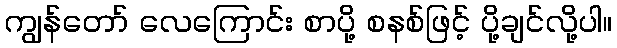
ကျွန်တော် လေကြောင်း စာပို့ စနစ်ဖြင့် ပို့ချင်လို့ပါ။